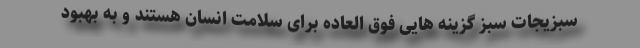
سبزیجات سبز گزینه هایی فوق العاده برای سلامت انسان هستند و به بهبود